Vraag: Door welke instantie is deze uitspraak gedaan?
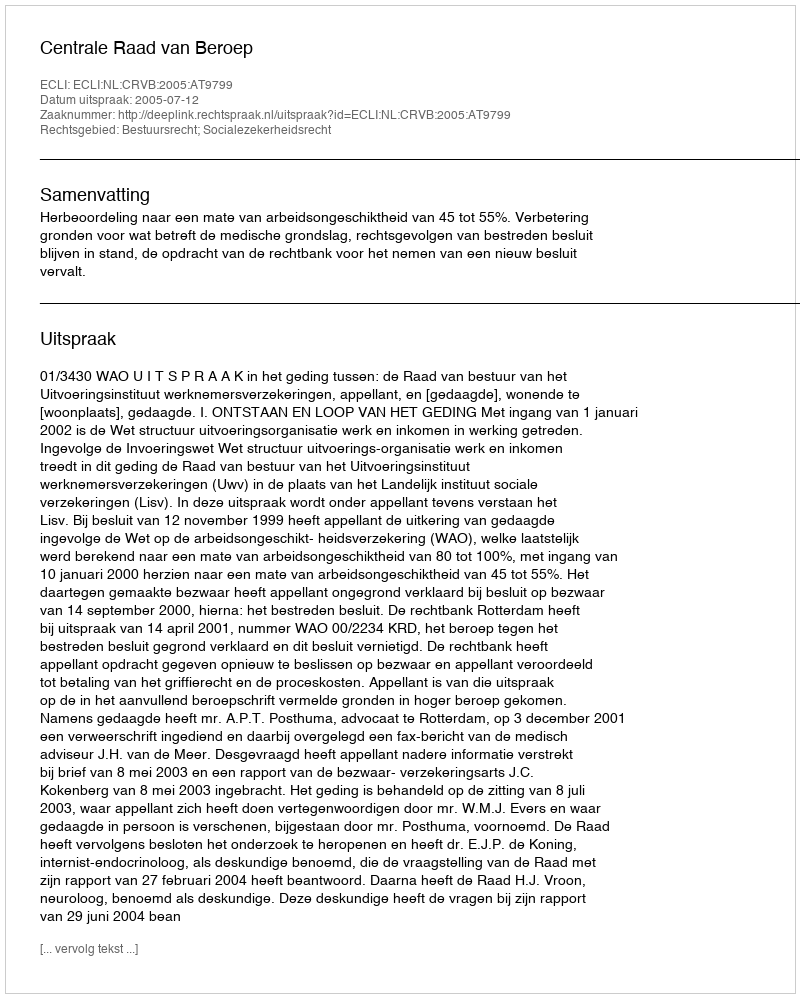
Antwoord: Centrale Raad van Beroep